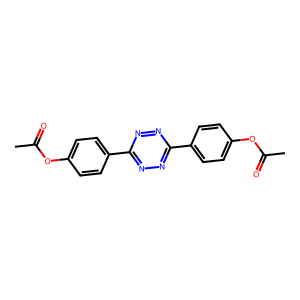
SMILES: CC(=O)Oc1ccc(-c2nnc(-c3ccc(OC(C)=O)cc3)nn2)cc1
Inhibits HIV replication: No